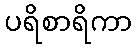
ပရိစာရိကာ